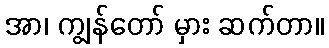
အာ၊ ကျွန်တော် မှား ဆက်တာ။